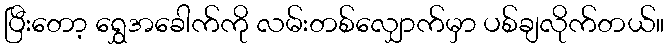
ပြီးတော့ ရွှေအခေါက်ကို လမ်းတစ်လျှောက်မှာ ပစ်ချလိုက်တယ်။